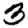
Digit: 3